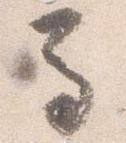
馬